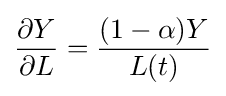
{\frac {\partial Y}{\partial L}}={\frac {(1-{\alpha })Y}{L(t)}}